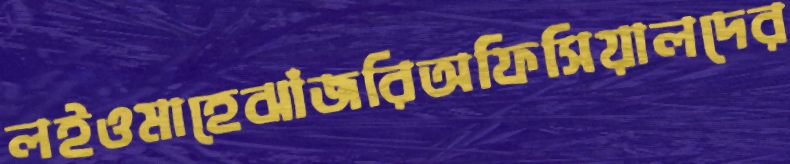
লইওমাহেঝাঁজরিঅফিসিয়ালদের